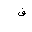
Letter: _fa